Vaccination United Provinces of Agra and Oudh 1923-1928 - 1923-1928
Year: 1923
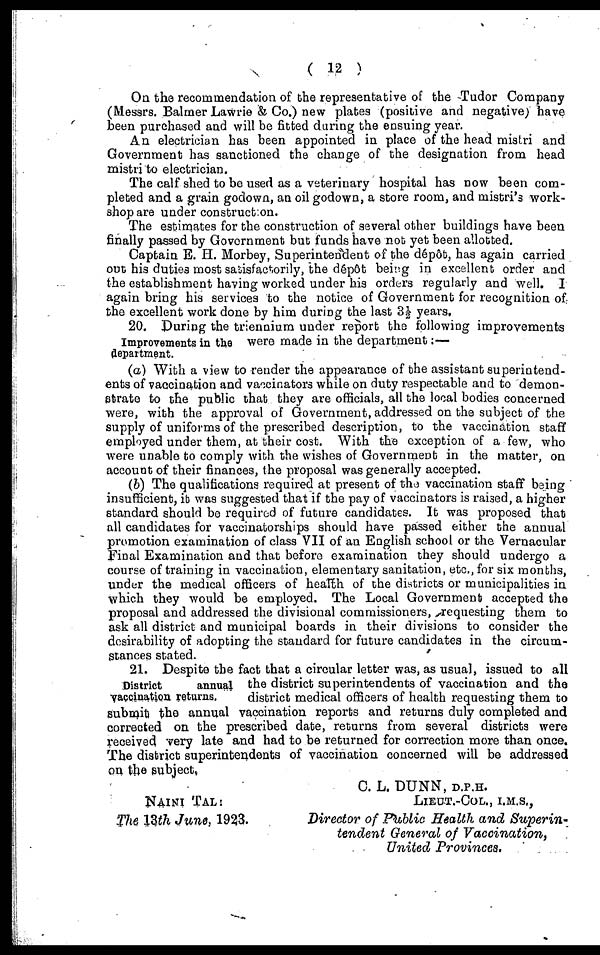
( 12 )
On the recommendation of the representative of the Tudor Company
(Messrs. Balmer Lawrie & Co.) new plates (positive and negative; have
been purchased and will be fitted during the ensuing year.
An electrician has been appointed in place of the head mistri and
Government has sanctioned the change of the designation from head
mistri to electrician.
The calf shed to bo used as a veterinary hospital has now been com-
pleted and a grain godown, an oil godown, a store room, and mistri's work-
shop are under construction.
The estimates for the construction of several other buildings have been
finally passed by Governrnent but funds have not yet been allotted.
Captain E. H. Morbey, Superintendent of the dépôt, has again carried
out his duties most satisfactorily, the dépôt being in excellent order and
the establishment having worked under his orders regularly and well. I
again bring his services to the notice of Government for recognition of
the excellent work done by him during the last 3½ years,
Improvements in the
department.
20. During the triennium under report the following improvements
were made in the department:—
(a) With a view to render the appearance of the assistant superintend-
ents of vaccination and vaccinators while on duty respectable and to demon-
strate to the public that they are officials, all the local bodies concerned
were, with the approval of Government, addressed on the subject of the
supply of uniforms of the prescribed description, to the vaccination staff
employed under them, at their cost. With the exception of a few, who
were unable to comply with the wishes of Government in the matter, on
account of their finances, the proposal was generally accepted.
(b) The qualifications required at present of the vaccination staff being
insufficient, it was suggested that if the pay of vaccinators is raised, a higher
standard should be required of future candidates. It was proposed that
all candidates for vaccinatorships should have passed either the annual
promotion examination of class VII of an English school or the Vernacular
Final Examination and that before examination they should undergo a
course of training in vaccination, elementary sanitation, etc., for six months,
under the medical officers of health of the districts or municipalities in
which they would be employed. The Local Government accepted the
proposal and addressed the divisional commissioners, requesting them to
ask all district and municipal boards in their divisions to consider the
desirability of adopting the standard for future candidates in the circum-
stances stated.
District
annual
vaccination returns.
21. Despite the fact that a circular letter was, as usual, issued to all
the district superintendents of vaccination and the
district medical officers of health requesting them to
submit the annual vaccination reports and returns duly completed and
corrected on the prescribed date, returns from several districts were
received very late and had to be returned for correction more than once.
The district superintendents of vaccination concerned will be addressed
on the subject.
NAINI TAL:
The 13th June, 1923.
C. L. DUNN, D.P.H.
LIEUT.-COL., I.M.S.,
Director of Public Health and Superin-
Undent General of Vaccination,
United Provinces.